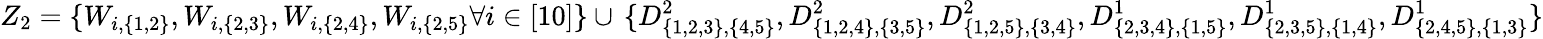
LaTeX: {Z_{2}=\{ W_{i,\{ 1,2\} },W_{i,\{ 2,3\} },W_{i,\{ 2,4\} },W_{i,\{ 2,5\} }\forall i\in[10]\} }\cup\, {\{ D_{\{ 1,2,3\} ,\{ 4,5\} }^{2},D_{\{ 1,2,4\} ,\{ 3,5\} }^{2},D_{\{ 1,2,5\} ,\{ 3,4\} }^{2},D_{\{ 2,3,4\} ,\{ 1,5\} }^{1},D_{\{ 2,3,5\} ,\{ 1,4\} }^{1},D_{\{ 2,4,5\} ,\{ 1,3\} }^{1}\} }